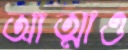
আত্মাও